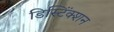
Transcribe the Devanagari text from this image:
डिस्टिंंक्शन